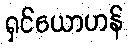
ရှင်ယောဟန်